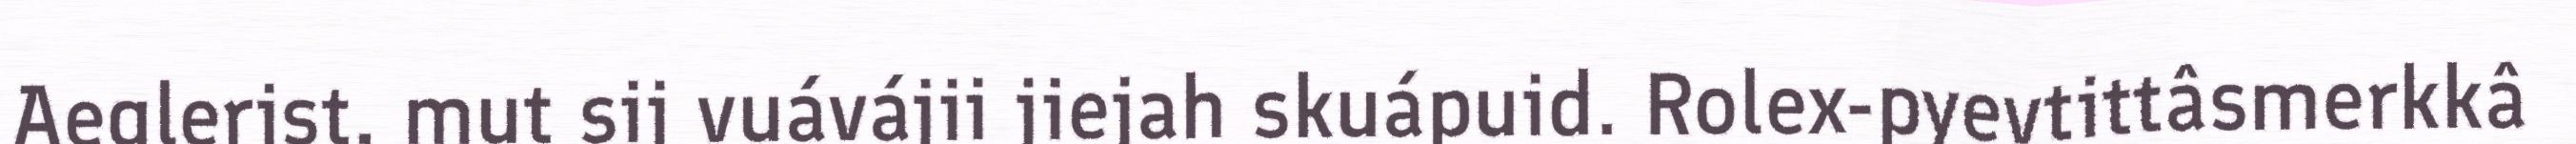
Aeglerist, mut sij vuávájii jiejah skuápuid. Rolex-pyevtittâsmerkkâ